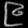
Digit: ၉